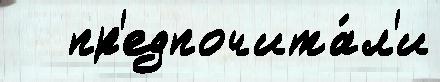
   пр'едпочита́л'и